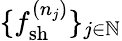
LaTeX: \{ f_{\mathrm{{sh}}}^{(n_{j})}\} _{j\in\mathbb{N}}